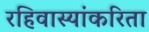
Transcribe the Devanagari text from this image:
रहिवास्यांकरिता